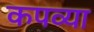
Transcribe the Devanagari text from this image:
कपव्या